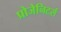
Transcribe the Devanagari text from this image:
प्रोजेनिटर्स